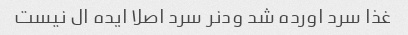
غذا سرد اورده شد ودنر سرد اصلا ایده ال نیست